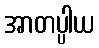
အာတပ္ပါယ